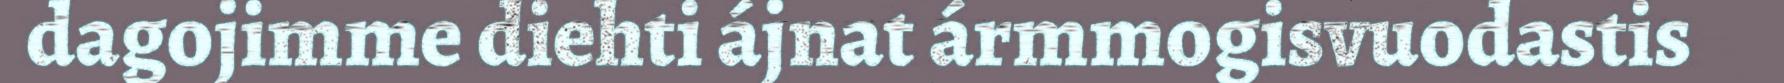
dagojimme diehti ájnat ármmogisvuodastis